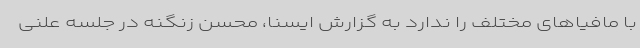
با مافیاهای مختلف را ندارد به گزارش ایسنا، محسن زنگنه در جلسه علنی